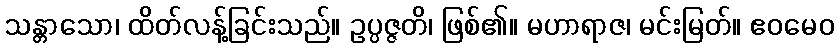
သန္တာသော၊ ထိတ်လန့်ခြင်းသည်။ ဥပ္ပဇ္ဇတိ၊ ဖြစ်၏။ မဟာရာဇ၊ မင်းမြတ်။ ဧဝမေဝ